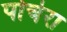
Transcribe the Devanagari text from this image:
पोचेरा